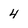
Character: 4